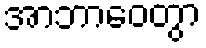
အာဘာဝေတွာ